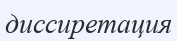
диссиретация